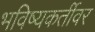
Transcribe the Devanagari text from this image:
भविष्यकर्तीवर